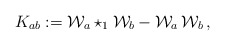
\begin{align*}K_{ab}:= {\cal W}_a \star_1 {\cal W}_b - {\cal W}_a \, {\cal W}_b\,,\end{align*}